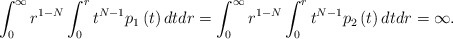
\begin{align*}\int_{0}^{\infty }r^{1-N}\int_{0}^{r}t^{N-1}p_{1}\left( t\right)dtdr=\int_{0}^{\infty }r^{1-N}\int_{0}^{r}t^{N-1}p_{2}\left( t\right)dtdr=\infty . \end{align*}